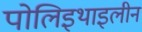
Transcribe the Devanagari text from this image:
पोलिइथाइलीन